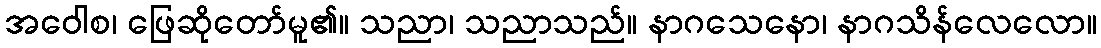
အဝေါစ၊ ဖြေဆိုတော်မူ၏။ သညာ၊ သညာသည်။ နာဂသေနော၊ နာဂသိန်လေလော။